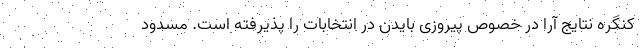
کنگره نتایج آرا در خصوص پیروزی بایدن در انتخابات را پذیرفته است. مسدود